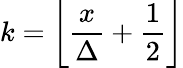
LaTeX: k=\left\lfloor{\frac{x}{\Delta}}+{\frac{1}{2}}\right\rfloor